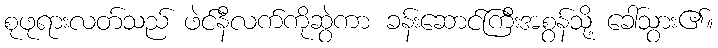
စုဖုရားလတ်သည် ဖဲင်နီလက်ကိုဆွဲကာ ခန်းဆောင်ကြီးအစွန်သို့ ခေါ်သွား၏။